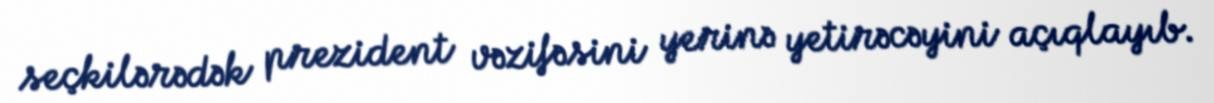
seçkilərədək prezident vəzifəsini yerinə yetirəcəyini açıqlayıb.